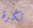
لكرة